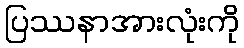
ပြဿနာအားလုံးကို